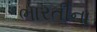
ભારતીના